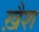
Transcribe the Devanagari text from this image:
ख़ैश